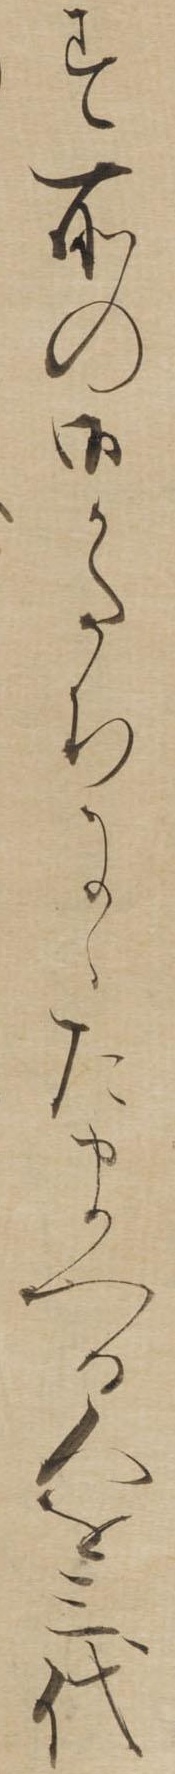
す所の御かたちにゝたまへる人を三代